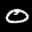
Label: 0